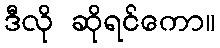
ဒီလို ဆိုရင်ကော။